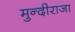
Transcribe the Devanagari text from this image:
मुन्दीराजा